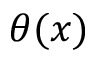
\theta ( x )